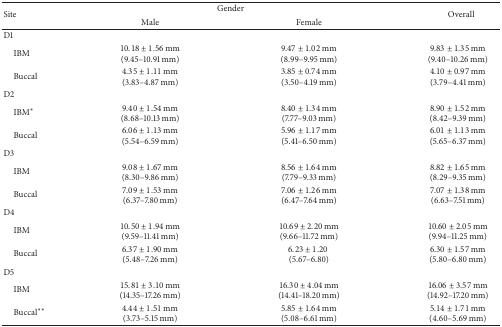
<table><thead><tr><td rowspan="2"><b>Site</b></td><td colspan="2"><b>Gender</b></td><td rowspan="2"><b>Overall</b></td></tr><tr><td><b>Male</b></td><td><b>Female</b></td></tr></thead><tbody><tr><td>D1</td><td> </td><td> </td><td> </td></tr><tr><td> IBM</td><td>10.18 ± 1.56 mm(9.45–10.91 mm)</td><td>9.47 ± 1.02 mm(8.99–9.95 mm)</td><td>9.83 ± 1.35 mm(9.40–10.26 mm)</td></tr><tr><td> Buccal</td><td>4.35 ± 1.11 mm(3.83–4.87 mm)</td><td>3.85 ± 0.74 mm(3.50–4.19 mm)</td><td>4.10 ± 0.97 mm(3.79–4.41 mm)</td></tr><tr><td>D2</td><td> </td><td> </td><td> </td></tr><tr><td> IBM*</td><td>9.40 ± 1.54 mm(8.68–10.13 mm)</td><td>8.40 ± 1.34 mm(7.77–9.03 mm)</td><td>8.90 ± 1.52 mm(8.42–9.39 mm)</td></tr><tr><td> Buccal</td><td>6.06 ± 1.13 mm(5.54–6.59 mm)</td><td>5.96 ± 1.17 mm(5.41–6.50 mm)</td><td>6.01 ± 1.13 mm(5.65–6.37 mm)</td></tr><tr><td>D3</td><td> </td><td> </td><td> </td></tr><tr><td> IBM</td><td>9.08 ± 1.67 mm(8.30–9.86 mm)</td><td>8.56 ± 1.64 mm(7.79–9.33 mm)</td><td>8.82 ± 1.65 mm(8.29–9.35 mm)</td></tr><tr><td> Buccal</td><td>7.09 ± 1.53 mm(6.37–7.80 mm)</td><td>7.06 ± 1.26 mm(6.47–7.64 mm)</td><td>7.07 ± 1.38 mm(6.63–7.51 mm)</td></tr><tr><td>D4</td><td> </td><td> </td><td> </td></tr><tr><td> IBM</td><td>10.50 ± 1.94 mm(9.59–11.41 mm)</td><td>10.69 ± 2.20 mm(9.66–11.72 mm)</td><td>10.60 ± 2.05 mm(9.94–11.25 mm)</td></tr><tr><td> Buccal</td><td>6.37 ± 1.90 mm(5.48–7.26 mm)</td><td>6.23 ± 1.20 (5.67–6.80)</td><td>6.30 ± 1.57 mm(5.80–6.80 mm)</td></tr><tr><td>D5</td><td> </td><td> </td><td> </td></tr><tr><td> IBM</td><td>15.81 ± 3.10 mm(14.35–17.26 mm)</td><td>16.30 ± 4.04 mm(14.41–18.20 mm)</td><td>16.06 ± 3.57 mm(14.92–17.20 mm)</td></tr><tr><td> Buccal**</td><td>4.44 ± 1.51 mm(3.73–5.15 mm)</td><td>5.85 ± 1.64 mm(5.08–6.61 mm)</td><td>5.14 ± 1.71 mm(4.60–5.69 mm)</td></tr></tbody></table>